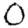
Digit: 0